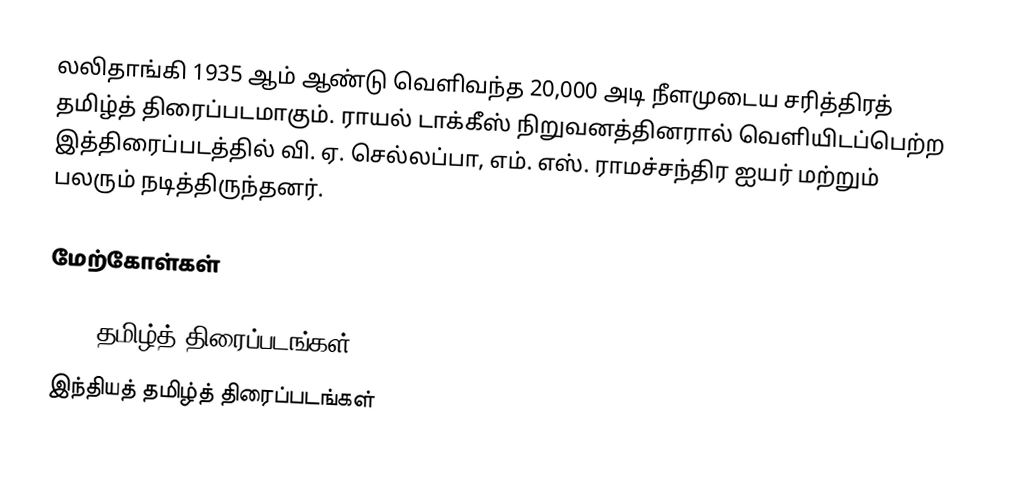
லலிதாங்கி 1935 ஆம் ஆண்டு வெளிவந்த 20,000 அடி நீளமுடைய சரித்திரத் தமிழ்த் திரைப்படமாகும். ராயல் டாக்கீஸ் நிறுவனத்தினரால் வெளியிடப்பெற்ற இத்திரைப்படத்தில் வி. ஏ. செல்லப்பா, எம். எஸ். ராமச்சந்திர ஐயர் மற்றும் பலரும் நடித்திருந்தனர்.

மேற்கோள்கள்

1935 தமிழ்த் திரைப்படங்கள்
இந்தியத் தமிழ்த் திரைப்படங்கள்